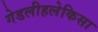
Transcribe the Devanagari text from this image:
गेडलीहलेकिसा